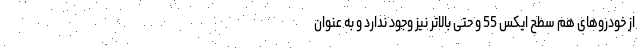
از خودروهای هم سطح ایکس 55 و حتی بالاتر نیز وجود ندارد و به عنوان